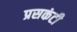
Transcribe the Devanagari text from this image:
प्रसकंटी